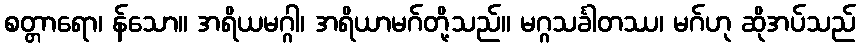
စတ္တာရော၊ န်သော။ အရိယမဂ္ဂါ၊ အရိယာမဂ်တို့သည်။ မဂ္ဂသင်္ခါတဿ၊ မဂ်ဟု ဆိုအပ်သည်